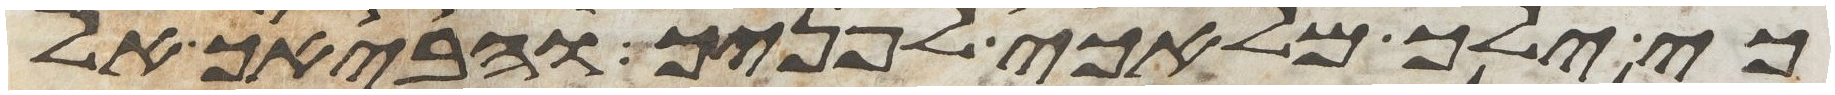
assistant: כי ילך מלאכי לפניך והביאך אל